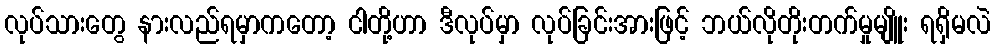
လုပ်သားတွေ နားလည်ရမှာကတော့ ငါတို့ဟာ ဒီလုပ်မှာ လုပ်ခြင်းအားဖြင့် ဘယ်လိုတိုးတက်မှုမျိူး ရရှိမလဲ